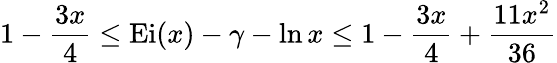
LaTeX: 1-{\frac{3x}{4}}\leq\mathrm{{Ei}}(x)-\gamma-\ln x\leq 1-{\frac{3x}{4}}+{\frac{11x^{2}}{36}}